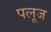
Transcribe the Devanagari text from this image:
पलूज